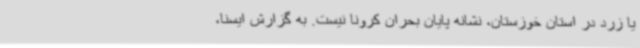
یا زرد در استان خوزستان، نشانه پایان بحران کرونا نیست. به گزارش ایسنا،